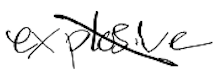
Text: explosive
Cross-out: diagonal
Writing tool: digital_black